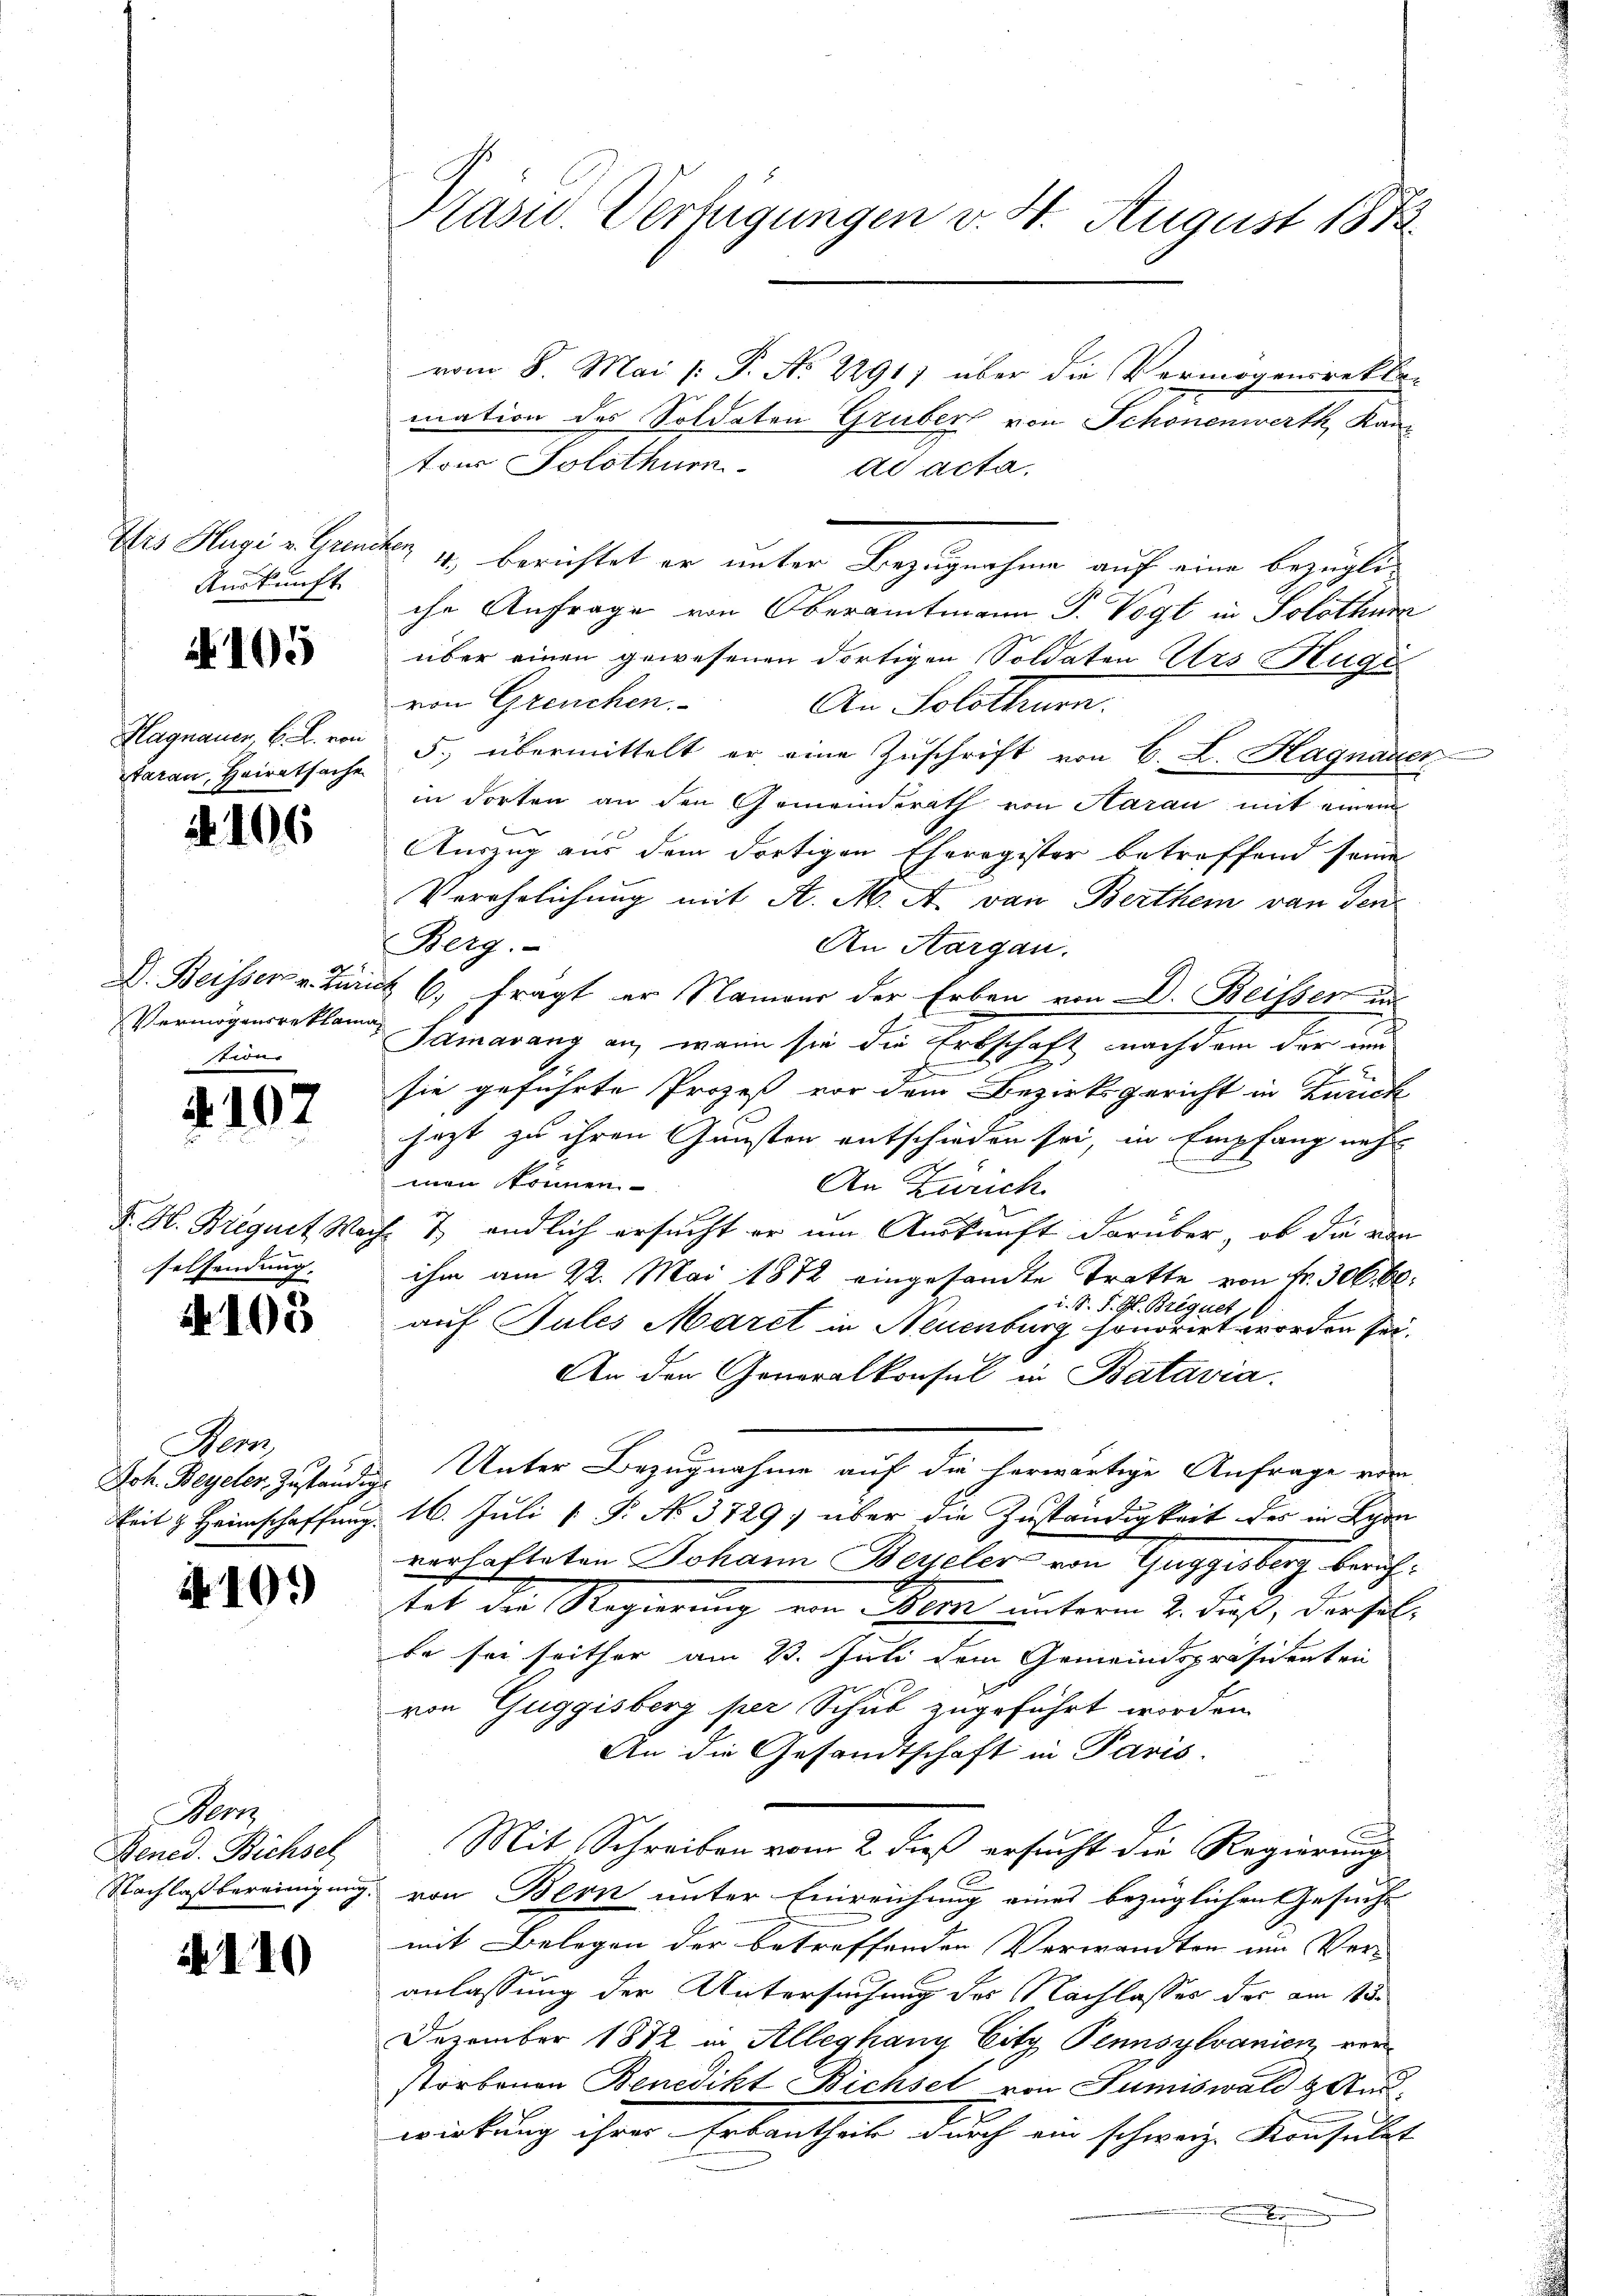
Auskunft

4105

tarau, Heiratsache

2106

D. Beisser v. Zur
Vermögensrekton
stwer

2.102

F. H. Bregnet Weselsendung.

4. 105

Mens

410.

Mer
Bened. Bichsel

110

Pasid. Verfügungen v. 4. August 1873.

vom 8. Mai [ P. No 2291) über die Vermögensrektur
mation des Soldaten Gruber von Schonenwerth, Kanz
tons Solothurn
ad acta.
Dis Hugi u. Gener 4., berichtet er unter Bezugnahme auf eine bezügliche Anfrage von Oberamtmann P. Vogt in Solothurn
über einen gewesenen dortigen Soldaten Urs Huge
von Greuchen.
An Solothurn.
Hagnauer B. L. von 5. übermittelt er eine Zuschrift von B. L. Hagnauer,
in dorten an den Gemeinderath von Aarau mit einem
b
Auszug aus dem dortigen Eheregister betreffend seine
Verehelichung mit A. M. A. von Berthei von den
Berg.
An Aargau.
it 6. fragt er Namens der Erben von D. Beissen un
n
7
Samarang an, wenn sie die Erbschaft nachdem der un
sie geführte Prozeß vor dem Bezirksgericht in Zürich
jezt zu ihren Gunsten entschieden sei, in Empfang neh
men können.
An Zürich
ich 7. endlich ersucht er um Auskunft darüber, ob die ein
ihm am 22. Mai 1872 eingesandte Tratte von Fr. 300. 60.
i. S. J. H. Brequet,
auf Tules Maret in Neuenburg sonorirt worden sei.
An den Generalkonsul in Batavia.
Joh. Beyeler Zuständige Unter Bezugnahme auf die herwärtige Anfrage vom
keit z. Heimschaffung 16. Juli [ P. No 3729) über die Zuständigkeit des in Lyon
verlasteten Johann Bezieler von Guggisberg berichtat der Regierung von ein unterm 2. dieß, derselbe sei seither am 23. Juli dem Gemeindspräsidenten
von Guggisberg per Schub zugeführt worden.
An die Gesandtschaft in Paris.
Mit Schreiben vom 2. dieß ersucht die Regierung
Nachlaßbereinigung von Bern unter Einreichung eines bezüglichen Gesuche
mit Belegen der betreffenden Verwandten um Ver-
anlassung der Untersuchung des Nachlasses der am 15.
Dezember 1882 in Alleghany City Pennsylvanien, vorstorbenen Benedikt Bichsel von Sumiswald & Amwirkung ihre Erbanthat durch ein schweiz. Konsulat
e

Dasein